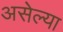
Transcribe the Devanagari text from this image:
असेल्या